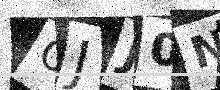
Text: OJJ0NO